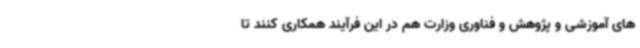
های آموزشی و پژوهش و فناوری وزارت هم در این فرآیند همکاری کنند تا